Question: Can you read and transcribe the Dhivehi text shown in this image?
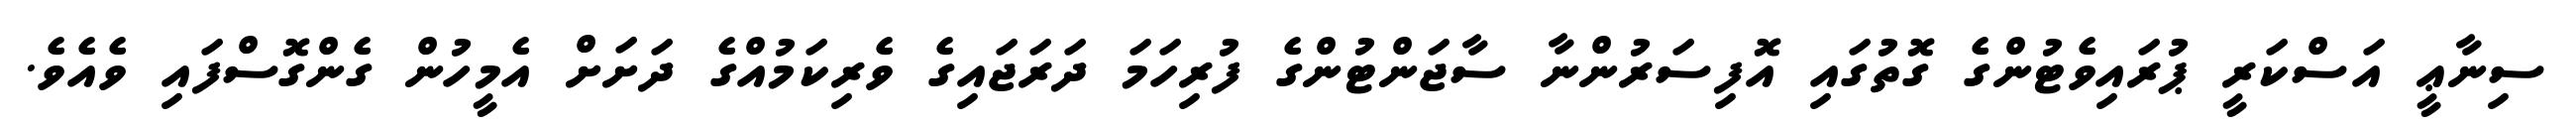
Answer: ސިނާޢީ އަސްކަރީ ޕުރައިވެޓުންގެ ގޮތުގައި އޮފިސަރުންނާ ސާޖަންޓުންގެ ފުރިހަމަ ދަރަޖައިގެ ވެރިކަމުއްގެ ދަށަށް އެމީހުން ގެންގޮސްފައި ވެއެވެ.